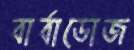
বার্বাডোজ